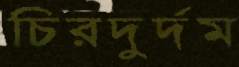
চিরদুর্দম